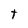
Character: t